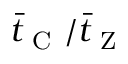
\bar { t } _ { \mathrm { ~ C ~ } } / \bar { t } _ { \mathrm { ~ Z ~ } }